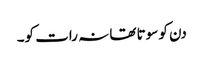
دن کو سوتا تھا نہ رات کو۔